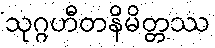
သုဂ္ဂဟီတနိမိတ္တဿ